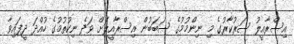
އިސްރާއީލު ސަރުކާރުގެ މި ނިންމުމުގެ ސަބަބުން އިސްރާއީލަށް ވަދެ ނިކުތުމުގެ ހުއްދަ ދީފައިވާ